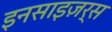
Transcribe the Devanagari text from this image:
इनसाइज़र्स